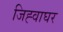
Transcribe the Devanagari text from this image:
जिह्वाघर